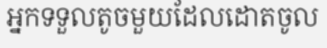
អ្នកទទួលតូចមួយដែលដោតចូល